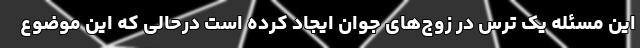
این مسئله یک ترس در زوج‌های جوان ایجاد کرده است درحالی که این موضوع